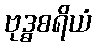
ဗုဒ္ဓစရိယံ